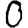
Digit: 0